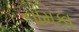
નામકા